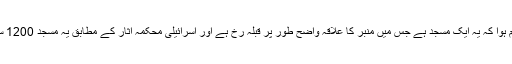
مکمل کھدائی کے بعد معلوم ہوا کہ یہ ایک مسجد ہے جس میں منبر کا علاقہ واضح طور پر قبلہ رخ ہے اور اسرائیلی محکمہ آثار کے مطابق یہ مسجد 1200 سال قبل تعمیر کی گئی تھی۔